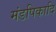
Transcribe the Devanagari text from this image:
मंडपिकादि